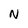
Character: N